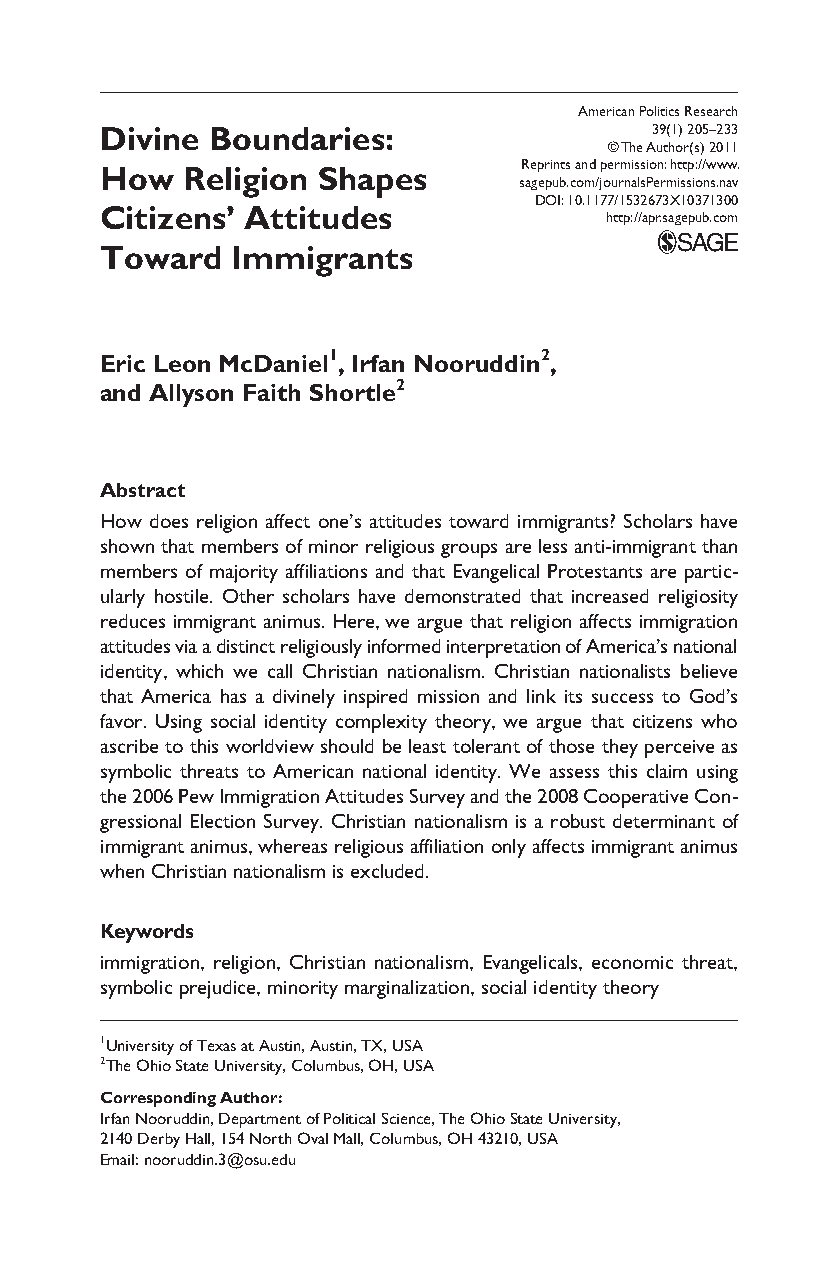
371300
 0©RsaMe gTpechrpDienu atAbns. ui caetonlhm doe tr/p j(a oeslr)u.m A r2n0im as1sle1siroPinc ea:r mnh tiPtspo s:il/oi/twnic sws
 .n
 wR a.vesearch APR39110.1177/1532673X1037130
 American Politics Research
 Divine Boundaries:                  39(1) 205 –233
 © The Author(s) 2011
 How  Religion Shapes       Reprints and permission: http://www.
 sagepub.com/journalsPermissions.nav
 DOI: 10.1177/1532673X10371300
 Citizens’ Attitudes
 http://apr.sagepub.com
 Toward  Immigrants
 Eric Leon McDaniel1, Irfan Nooruddin2,
 and Allyson Faith Shortle2
 Abstract
 How does religion affect one’s attitudes toward immigrants? Scholars have
 shown that members of minor religious groups are less anti-immigrant than
 members of majority affiliations and that Evangelical Protestants are partic-
 ularly hostile. Other scholars have demonstrated that increased religiosity
 reduces immigrant animus. Here, we argue that religion affects immigration
 attitudes via a distinct religiously informed interpretation of America’s national
 identity, which we call Christian nationalism. Christian nationalists believe
 that America has a divinely inspired mission and link its success to God’s
 favor. Using social identity complexity theory, we argue that citizens who
 ascribe to this worldview should be least tolerant of those they perceive as
 symbolic threats to American national identity. We assess this claim using
 the 2006 Pew Immigration Attitudes Survey and the 2008 Cooperative Con-
 gressional Election Survey. Christian nationalism is a robust determinant of
 immigrant animus, whereas religious affiliation only affects immigrant animus
 when Christian nationalism is excluded.
 Keywords
 immigration, religion, Christian nationalism, Evangelicals, economic threat,
 symbolic prejudice, minority marginalization, social identity theory
 1University of Texas at Austin, Austin, TX, USA
 2The Ohio State University, Columbus, OH, USA
 Corresponding Author:
 Irfan Nooruddin, Department of Political Science, The Ohio State University,
 2140 Derby Hall, 154 North Oval Mall, Columbus, OH 43210, USA
 Email: nooruddin.3@osu.edu